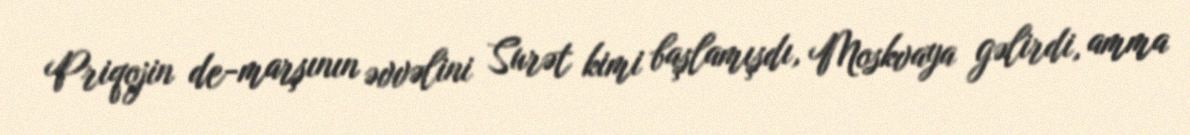
Priqojin de-marşının əvvəlini Surət kimi başlamışdı, Moskvaya gəlirdi, amma